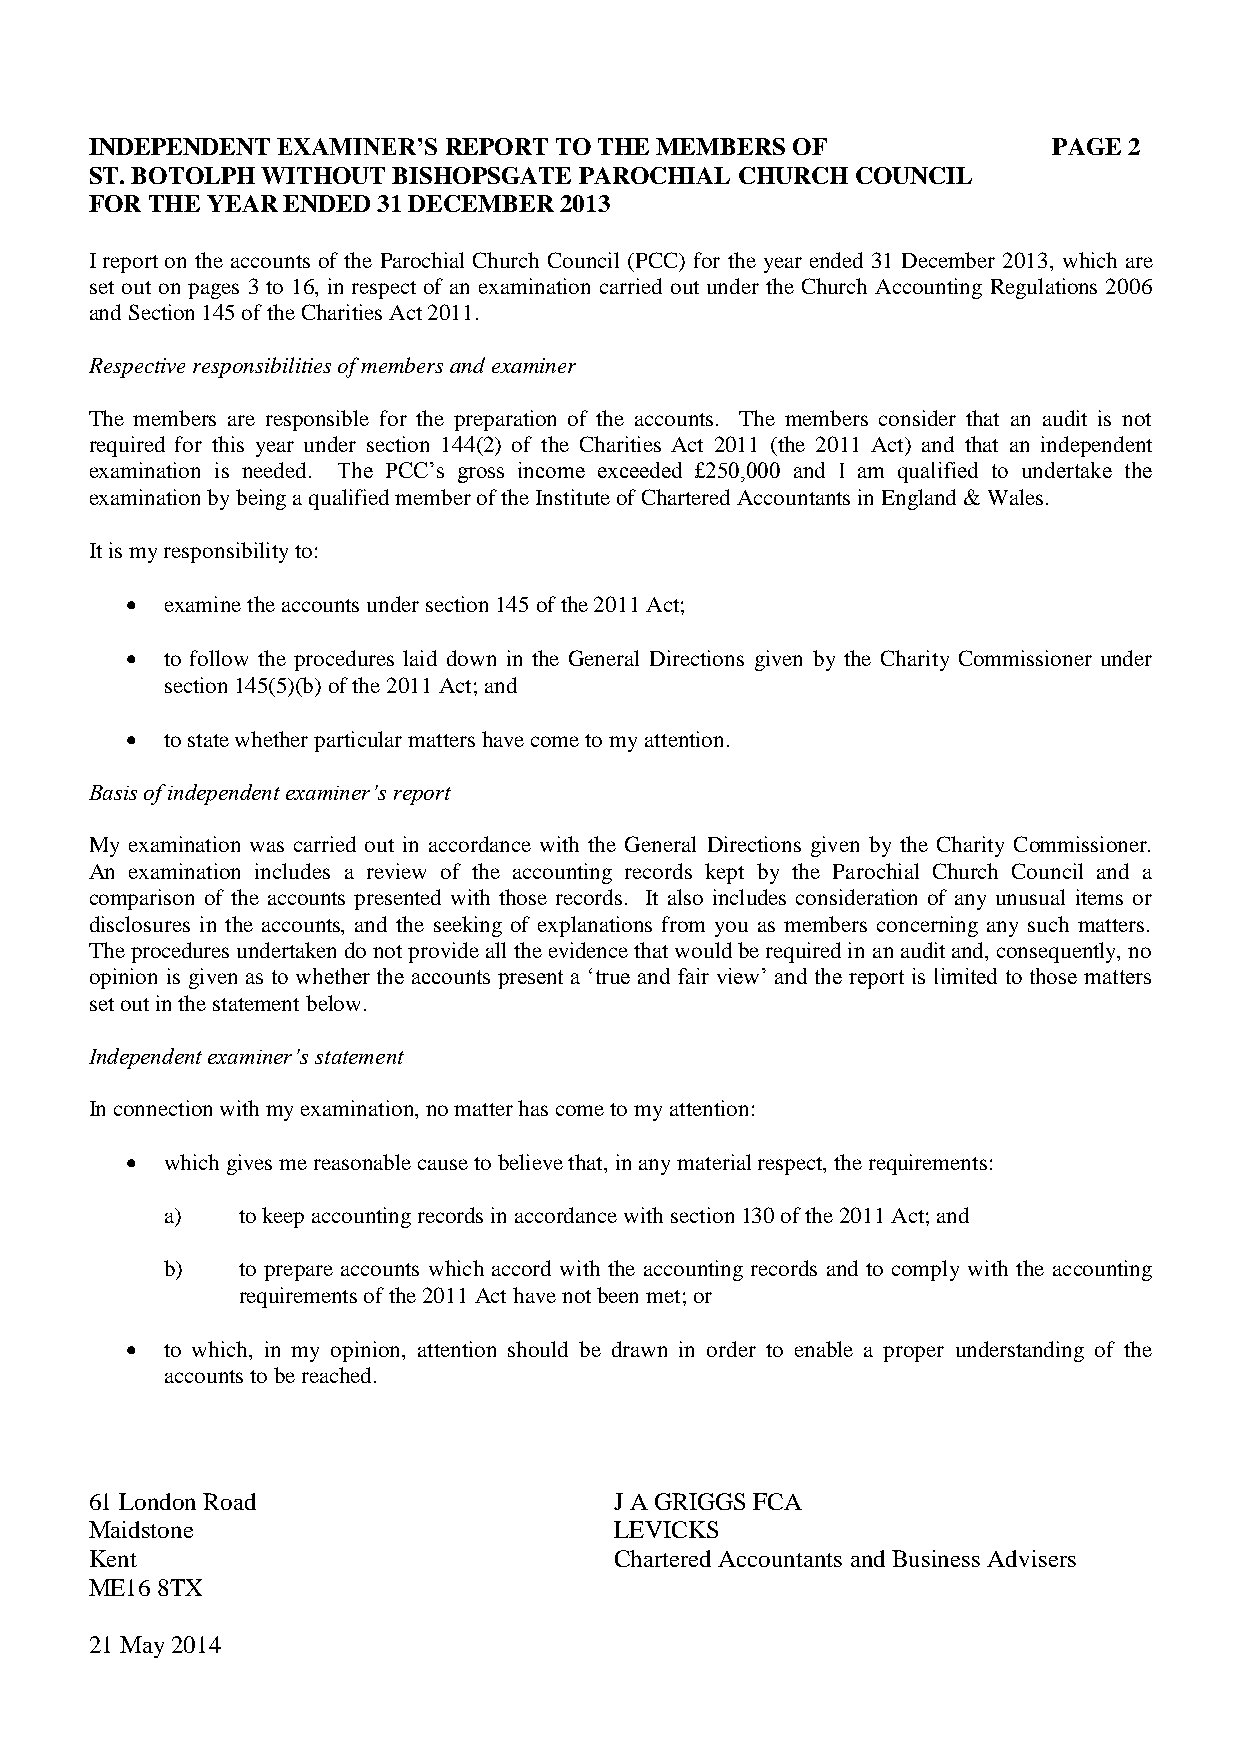
INDEPENDENT EXAMINER’S REPORT  TO THE MEMBERS OF                PAGE 2
 ST. BOTOLPH WITHOUT BISHOPSGATE PAROCHIAL  CHURCH  COUNCIL
 FOR THE YEAR ENDED 31 DECEMBER 2013
 I report on the accounts of the Parochial Church Council (PCC) for the year ended 31 December 2013, which are
 set out on pages 3 to 16, in respect of an examination carried out under the Church Accounting Regulations 2006
 and Section 145 of the Charities Act 2011.
 Respective responsibilities of members and examiner
 The members are responsible for the preparation of the accounts. The members consider that an audit is not
 required for this year under section 144(2) of the Charities Act 2011 (the 2011 Act) and that an independent
 examination is needed. The PCC’s gross income exceeded £250,000 and I am qualified to undertake the
 examination by being a qualified member of the Institute of Chartered Accountants in England & Wales.
 It is my responsibility to:
   examine the accounts under section 145 of the 2011 Act;
   to follow the procedures laid down in the General Directions given by the Charity Commissioner under
 section 145(5)(b) of the 2011 Act; and
   to state whether particular matters have come to my attention.
 Basis of independent examiner’s report
 My examination was carried out in accordance with the General Directions given by the Charity Commissioner.
 An examination includes a review of the accounting records kept by the Parochial Church Council and a
 comparison of the accounts presented with those records. It also includes consideration of any unusual items or
 disclosures in the accounts, and the seeking of explanations from you as members concerning any such matters.
 The procedures undertaken do not provide all the evidence that would be required in an audit and, consequently, no
 opinion is given as to whether the accounts present a ‘true and fair view’ and the report is limited to those matters
 set out in the statement below.
 Independent examiner’s statement
 In connection with my examination, no matter has come to my attention:
   which gives me reasonable cause to believe that, in any material respect, the requirements:
 a)   to keep accounting records in accordance with section 130 of the 2011 Act; and
 b)   to prepare accounts which accord with the accounting records and to comply with the accounting
 requirements of the 2011 Act have not been met; or
   to which, in my opinion, attention should be drawn in order to enable a proper understanding of the
 accounts to be reached.
 61 London Road                     J A GRIGGS FCA
 Maidstone                          LEVICKS
 Kent                               Chartered Accountants and Business Advisers
 ME16 8TX
 21 May 2014